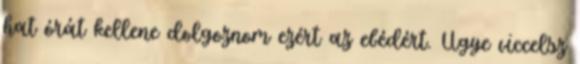
hat órát kellene dolgoznom ezért az ebédért. Ugye viccelsz